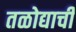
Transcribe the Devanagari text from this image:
तळोद्याची